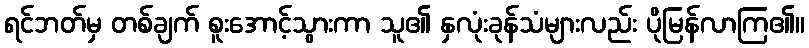
ရင်ဘတ်မှ တစ်ချက် စူးအောင့်သွားကာ သူ၏ နှလုံးခုန်သံများလည်း ပိုမြန်လာကြ၏။